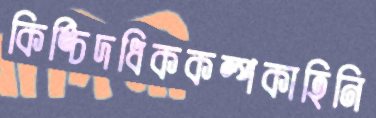
কিঙ্চিদধিককল্পকাহিনি